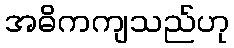
အဓိကကျသည်ဟု